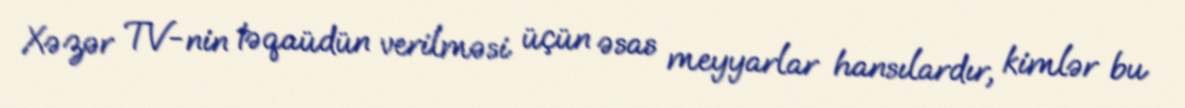
Xəzər TV-nin təqaüdün verilməsi üçün əsas meyyarlar hansılardır, kimlər bu